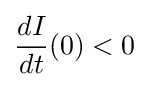
{\frac {dI}{dt}}(0)<0